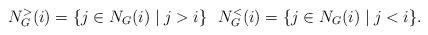
LaTeX: \begin{align*}N_G^>(i) = \{j \in N_G(i) \mid j > i\}\ \ N_G^<(i) = \{j \in N_G(i) \mid j < i\}.\end{align*}